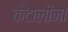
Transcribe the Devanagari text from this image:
केटालीना